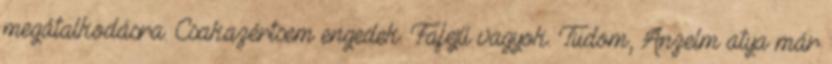
megátalkodásra. Csakazértsem engedek. Fafejű vagyok. Tudom, Anzelm atya már